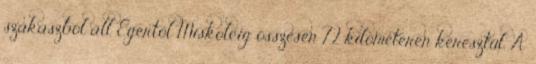
szakaszból áll Egertől Miskolcig összesen 72 kilométeren keresztül. A